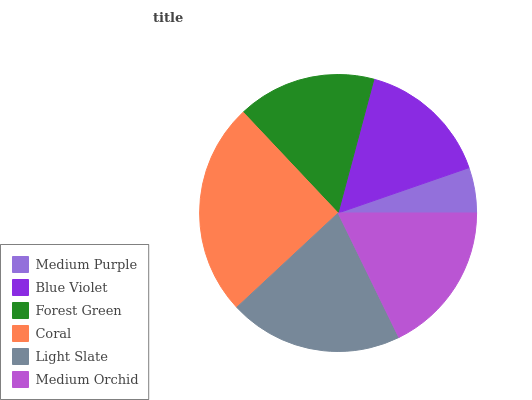
| Medium Purple | Blue Violet | Forest Green | Coral | Light Slate | Medium Orchid |
 | --- | --- | --- | --- | --- | --- |
 | 5.29% | 15.5% | 16.2% | 24.8% | 20.4% | 17.8% |